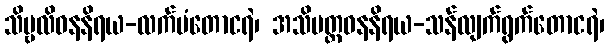
သိမ္ဗလိဝနနိရယ-လက်ပံတောငရဲ၊ အသိပတ္တဝနနိရယ-သန်လျက်ရွက်တောငရဲ၊